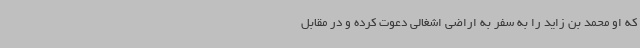
که او محمد بن زاید را به سفر به اراضی اشغالی دعوت کرده و در مقابل